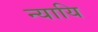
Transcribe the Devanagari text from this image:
न्यायि